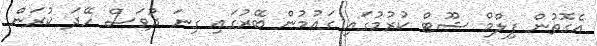
އެގޮތުން ފިލްމް ޝޫޓް ކުރުމުގައި ގައުމުން ބޭރުގައި ގިނަ ދުވަސް ހޭދަ ކުރަން